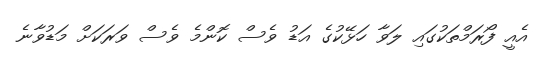
އެއީ ފޯރަމްތަކުގައި ލަވާ ހަޅޭކުގެ އަޑު ވެސް ކޮންމެ ވެސް ވަރަކަށް މަޑުވާނެ